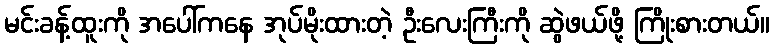
မင်းခန့်ထူးကို အပေါ်ကနေ အုပ်မိုးထားတဲ့ ဦးလေးကြီးကို ဆွဲဖယ်ဖို့ ကြိုးစားတယ်။